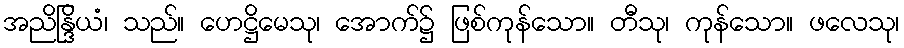
အညိန္ဒြိယံ၊ သည်။ ဟေဋ္ဌိမေသု၊ အောက်၌ ဖြစ်ကုန်သော။ တီသု၊ ကုန်သော။ ဖလေသု၊